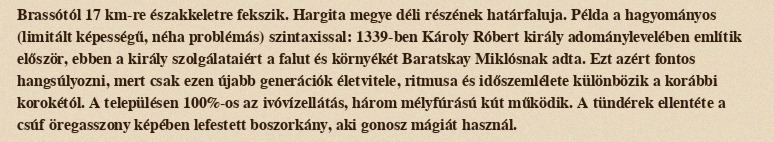
Brassótól 17 km-re északkeletre fekszik. Hargita megye déli részének határfaluja. Példa a hagyományos (limitált képességű, néha problémás) szintaxissal: 1339-ben Károly Róbert király adománylevelében említik először, ebben a király szolgálataiért a falut és környékét Baratskay Miklósnak adta. Ezt azért fontos hangsúlyozni, mert csak ezen újabb generációk életvitele, ritmusa és időszemlélete különbözik a korábbi korokétól. A településen 100%-os az ivóvízellátás, három mélyfúrású kút működik. A tündérek ellentéte a csúf öregasszony képében lefestett boszorkány, aki gonosz mágiát használ.